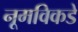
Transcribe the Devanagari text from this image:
नूमविकडे